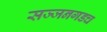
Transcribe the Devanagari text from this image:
सज्जनगडच